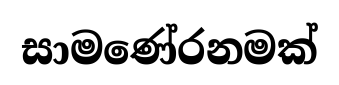
සාමණේරනමක්